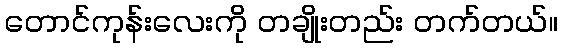
တောင်ကုန်းလေးကို တချိုးတည်း တက်တယ်။